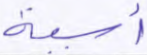
أسية